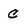
Character: c